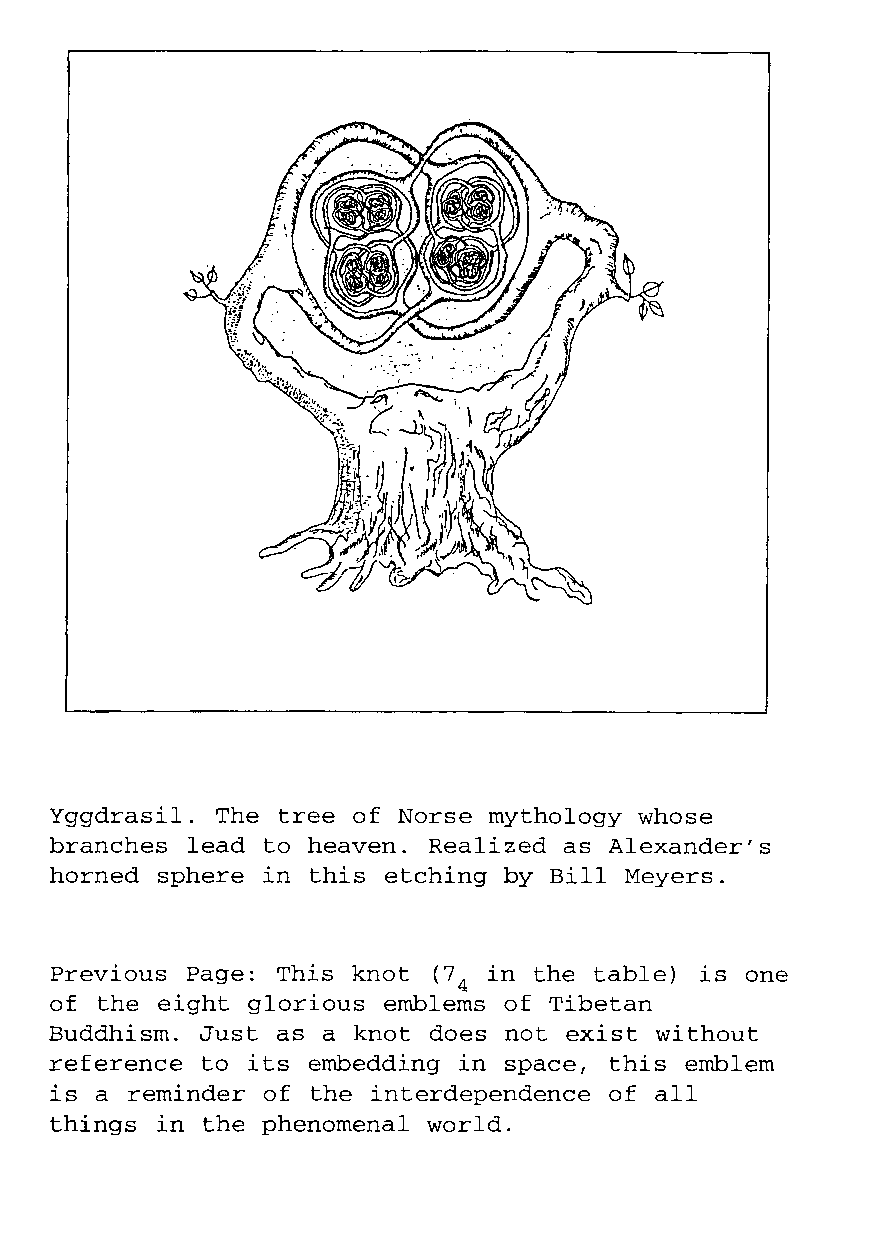
Yggdrasil. The tree of Norse mythology whose
 branches lead to heaven. Realized as Alexander's
 horned sphere in  this etching by Bill Meyers.
 Previous Page: This knot  (7 in the table) is one
 4
 of  the eight glorious emblems of Tibetan
 Buddhism. Just as a knot does not  exist without
 reference to its embedding in space, this emblem
 is a  reminder of the interdependence of all
 things in the phenomenal world.